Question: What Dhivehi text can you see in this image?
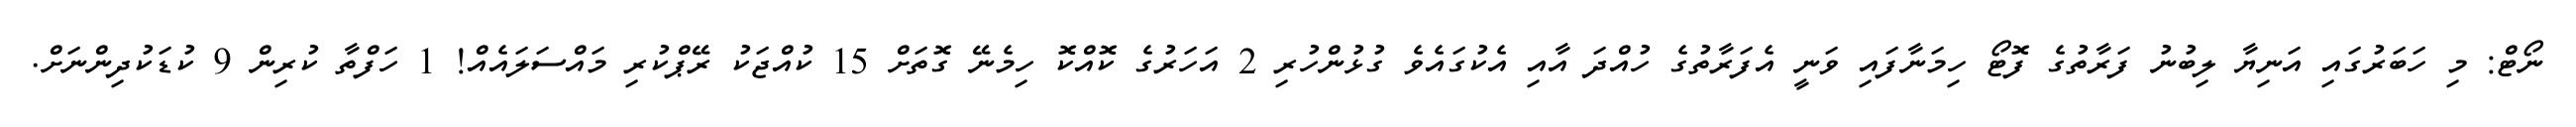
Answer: ނޯޓް: މި ހަބަރުގައި އަނިޔާ ލިބުނު ފަރާތުގެ ފޮޓޯ ހިމަނާފައި ވަނީ އެފަރާތުގެ ހުއްދަ އާއި އެކުގައެވެ ގުޅުންހުރި 2 އަހަރުގެ ކޮއްކޮ ހިމެނޭ ގޮތަށް 15 ކުއްޖަކު ރޭޕްކުރި މައްސަލައެއް! 1 ހަފްތާ ކުރިން 9 ކުޑަކުދިންނަށް.